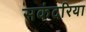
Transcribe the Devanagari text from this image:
सकंदरिया